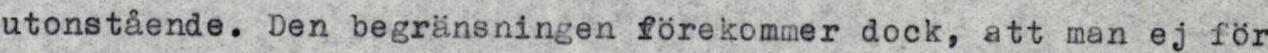
utonstående. Den begränsningen förekommer dock, att man ej för